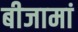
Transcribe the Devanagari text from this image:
बीजामां